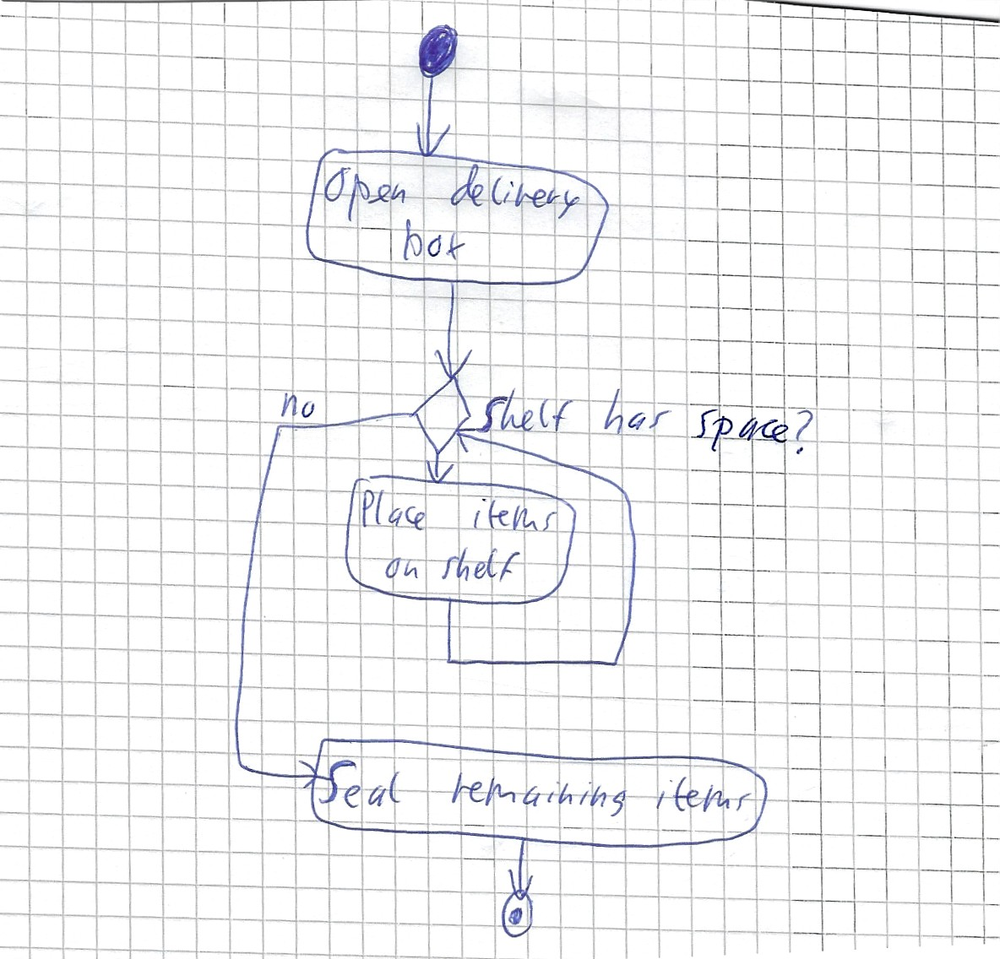
Diagram type: activity_diagram
```plantuml
@startuml

start
:Open delivery box;
while (Shelf has space?) is (yes)
  :Place item on shelf;
endwhile (no)
:Seal remaining items;
stop

@enduml
```